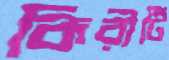
কিরীটি